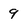
Character: 9